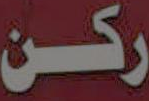
ركن